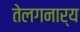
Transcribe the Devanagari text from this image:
तेलगनार्य